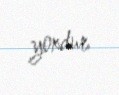
yoxdur.